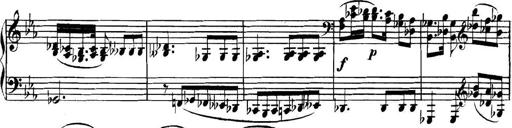
Title: Collected Piano Sonatas
Composer: Muzio Clementi